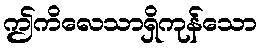
ဤကိလေသာရှိကုန်သော